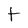
Character: t